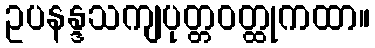
ဥပနန္ဒသကျပုတ္တဝတ္ထုကထာ။